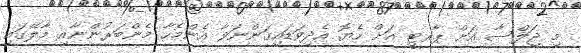
މި ޖަލްސާ އަށް ޕާރޓީ އަށް ހެޔޮ އެދިވަޑައިގަންނަވާ އެންމެހާ މެންބަރުންނާއި މާލޭގައި